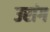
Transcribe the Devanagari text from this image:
उरांग